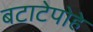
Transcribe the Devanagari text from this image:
बटाटेपोहे